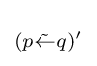
\scriptstyle {(p{\tilde {\leftarrow }}q)'\,}\!